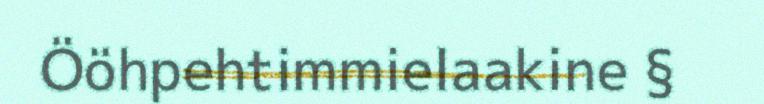
Ööhpehtimmielaakine §